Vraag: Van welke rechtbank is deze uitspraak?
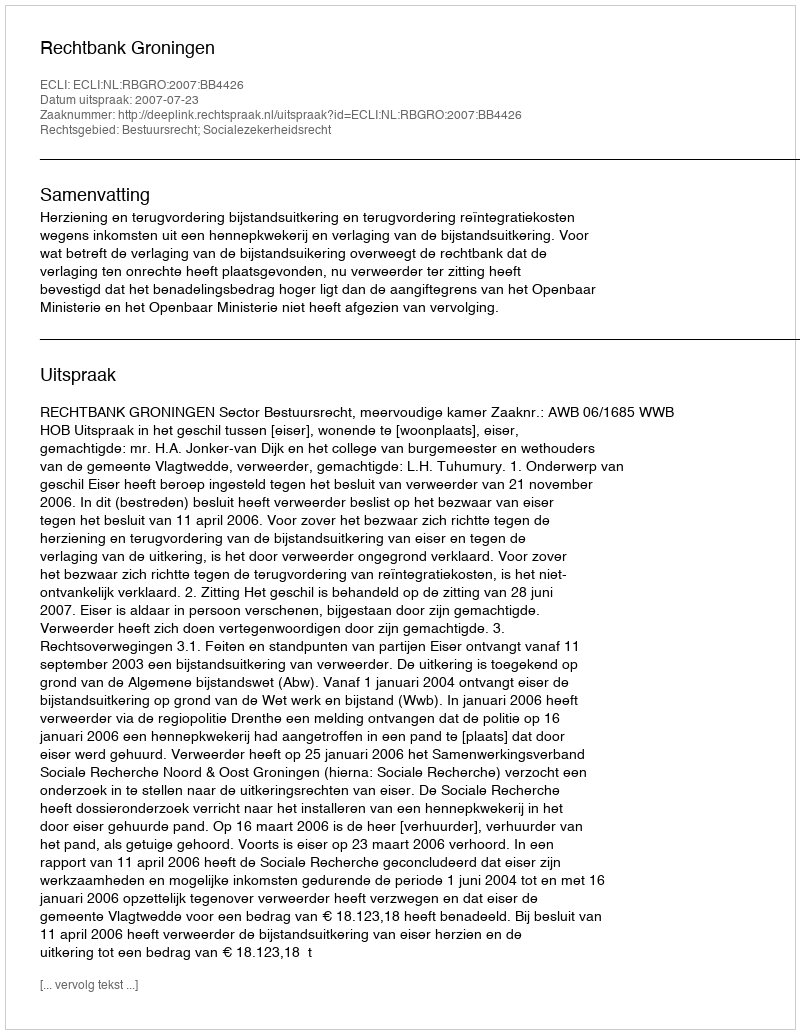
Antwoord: Rechtbank Groningen